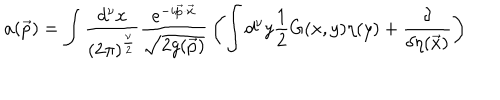
a ( \vec { p } ) = \int { \frac { d ^ { \nu } x } { ( 2 \pi ) ^ { \frac { \nu } { 2 } } } } { \frac { e ^ { - i \vec { p } \cdot \vec { x } } } { \sqrt { 2 g ( \vec { p } ) } } } \left( \int d ^ { \nu } y { \frac { 1 } { 2 } } G ( x , y ) \eta ( y ) + { \frac { \delta } { \delta \eta ( \vec { x } ) } } \right)